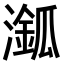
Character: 𣿿